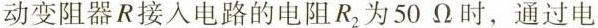
动变阻器R接人电路的电阻R_{2}为50Ω时，通过电